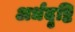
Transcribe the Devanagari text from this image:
अर्धदृष्टि